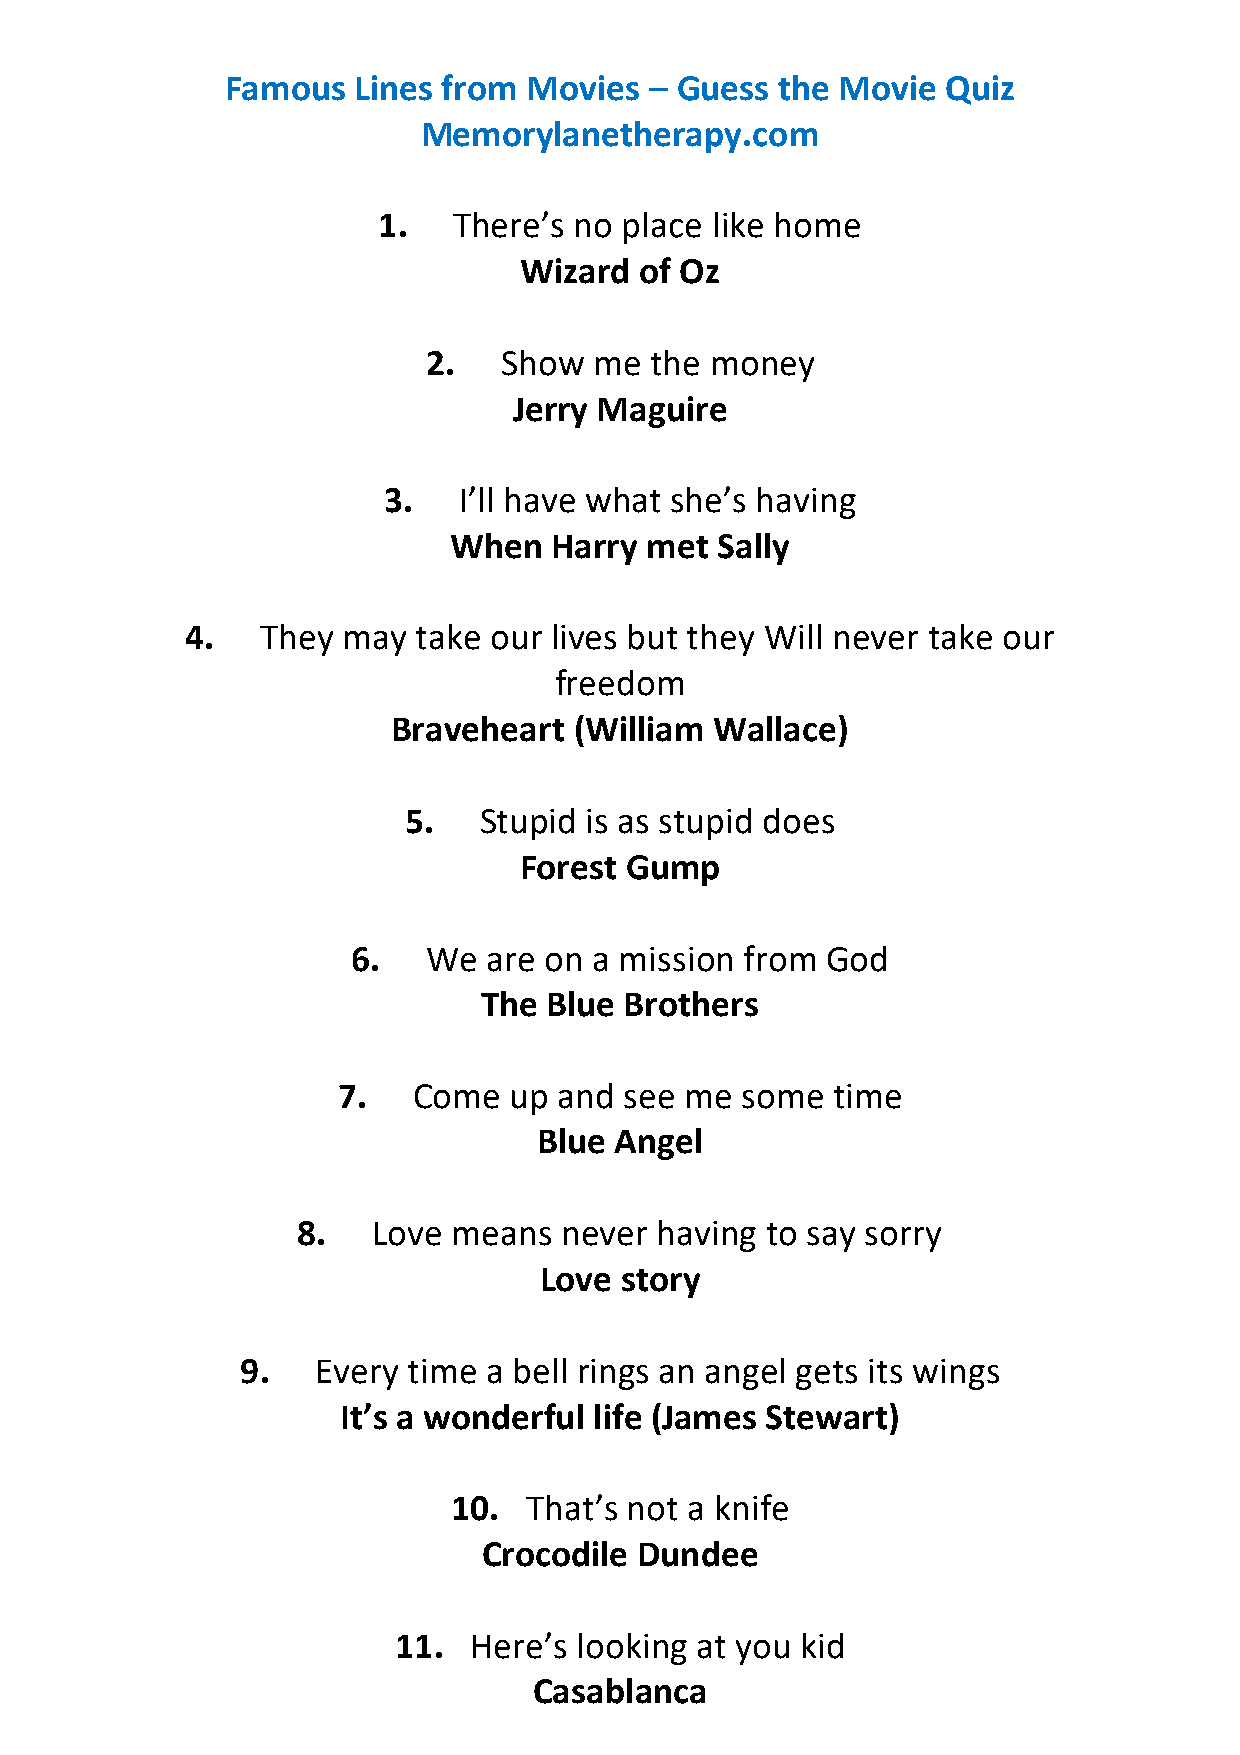
Famous  Lines from  Movies  – Guess the Movie   Quiz
 Memorylanetherapy.com
 1.   There’s no place like home
 Wizard  of Oz
 2.   Show  me  the money
 Jerry Maguire
 3.   I’ll have what she’s having
 When  Harry  met Sally
 4.   They  may  take our lives but they Will never take our
 freedom
 Braveheart  (William Wallace)
 5.   Stupid is as stupid does
 Forest Gump
 6.   We  are on a mission from  God
 The Blue Brothers
 7.   Come   up and see me  some  time
 Blue Angel
 8.   Love means  never having  to say sorry
 Love story
 9.   Every time a bell rings an angel gets its wings
 It’s a wonderful life (James Stewart)
 10.  That’s not a knife
 Crocodile Dundee
 11.  Here’s looking at you kid
 Casablanca